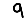
Digit: 9